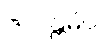
ဇလန္တမိဝ